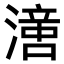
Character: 𣽢